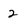
Character: 2